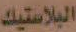
البلاستيك